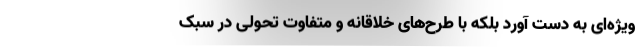
ویژه‌ای به دست آورد بلکه با طرح‌های خلاقانه و متفاوت تحولی در سبک